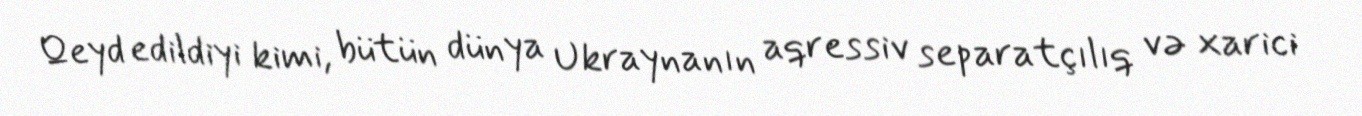
Qeyd edildiyi kimi, bütün dünya Ukraynanın aqressiv separatçılıq və xarici